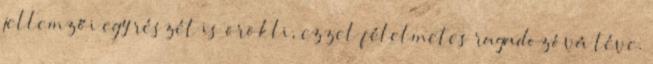
jellemzői egy részét is örökli, ezzel félelmetes ragadozóvá téve.